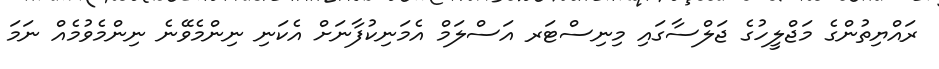
ރައްޔިތުންގެ މަޖްލީހުގެ ޖަލްސާގައި މިނިސްޓަރ އަސްލަމް އެމަނިކުފާނަށް އެކަނި ނިންމެވޭނެ ނިންމެވުމެއް ނަމަ